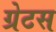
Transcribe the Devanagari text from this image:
ग्रेटस